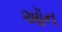
ઑન